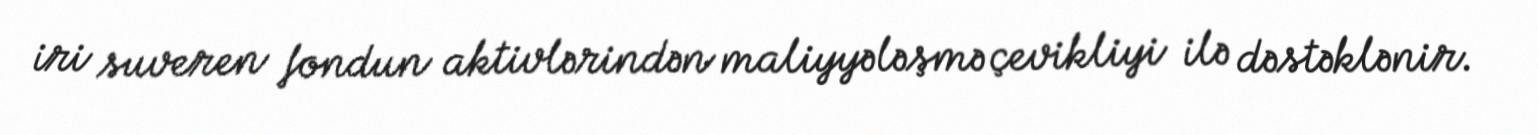
iri suveren fondun aktivlərindən maliyyələşmə çevikliyi ilə dəstəklənir.